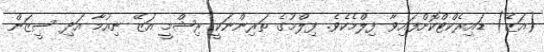
(އަޒޭ) ޑައިރެކްޓްކޮށްފައިވާ ފިލްމެކެވެ. ފިލްމުގެ ތަރިންނަކީ ރިޝްމީ އަޒޭ ނިއުމާ އަދި ސީޒަން